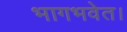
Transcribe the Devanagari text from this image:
भागभवेत।